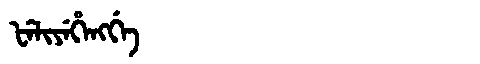
Manchu: ᡶᡝᠯᡳᠶᡝᡥᡝᠩᡤᡝ
Romanization: FELIYEHENGGE